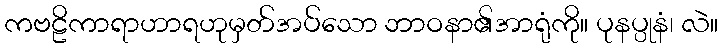
ကဗဠိကာရာဟာရဟုမှတ်အပ်သော ဘာဝနာ၏အာရုံကို။ ပုနပ္ပုနံ၊ လဲ။